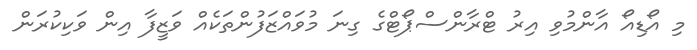
މި އޯޑިއޯ އާންމުވި އިރު ޓްރާންސްޕޯޓްގެ ގިނަ މުވައްޒަފުންތަކެއް ވަޒީފާ އިން ވަކިކުރަން